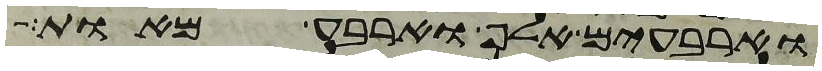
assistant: וארבעים אלף וארבע מאות